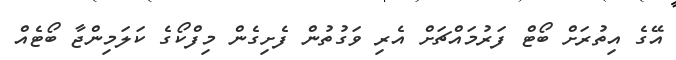
އޭގެ އިތުރަށް ބޯޓް ފަރުމައްޗަށް އެރި ވަގުތުން ފެށިގެން މިފްކޯގެ ކަލަމިންޖާ ބޯޓެއް